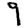
Digit: 9